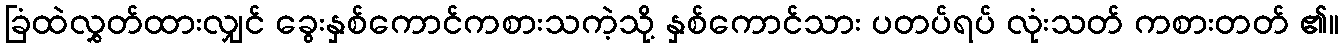
ခြံထဲလွှတ်ထားလျှင် ခွေးနှစ်ကောင်ကစားသကဲ့သို့ နှစ်ကောင်သား ပတပ်ရပ် လုံးသတ် ကစားတတ် ၏။